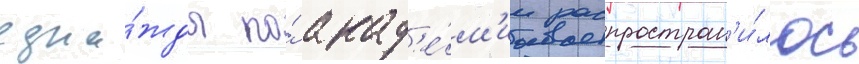
одна́жды по́ акад'е́м'ии распростран'и́лось